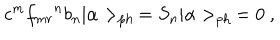
LaTeX: c ^ { m } { f _ { m r } } ^ { n } b _ { n } | \alpha > _ { \mathrm { p h . } } = S _ { n } | \alpha > _ { \mathrm { p h . } } = 0 ~ ,